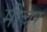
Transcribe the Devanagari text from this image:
मीचर